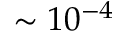
\sim 1 0 ^ { - 4 }